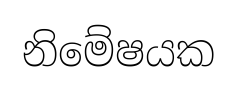
නිමේෂයක